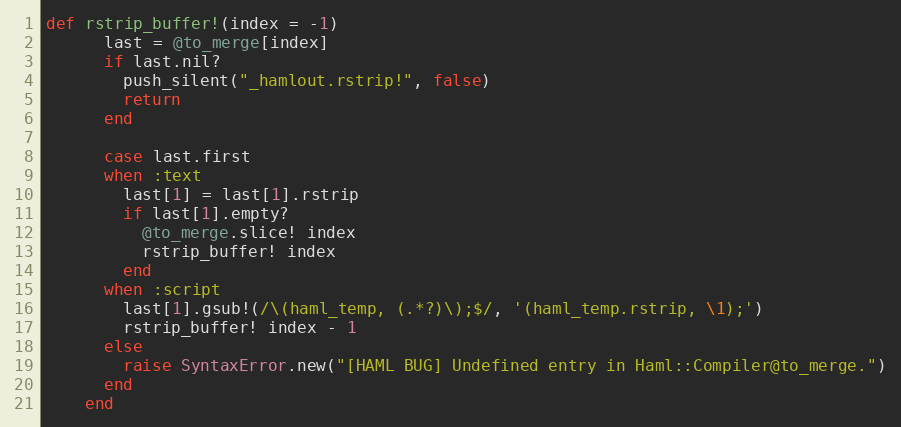
Language: Ruby
def rstrip_buffer!(index = -1)
      last = @to_merge[index]
      if last.nil?
        push_silent("_hamlout.rstrip!", false)
        return
      end

      case last.first
      when :text
        last[1] = last[1].rstrip
        if last[1].empty?
          @to_merge.slice! index
          rstrip_buffer! index
        end
      when :script
        last[1].gsub!(/\(haml_temp, (.*?)\);$/, '(haml_temp.rstrip, \1);')
        rstrip_buffer! index - 1
      else
        raise SyntaxError.new("[HAML BUG] Undefined entry in Haml::Compiler@to_merge.")
      end
    end